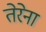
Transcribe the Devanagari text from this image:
तेरेना